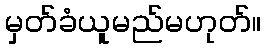
မှတ်ခံယူမည်မဟုတ်။